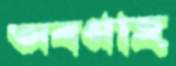
অবগাহ